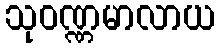
သုဝဏ္ဏမာလာယ